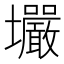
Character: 壧